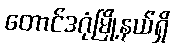
တောင်ဒဂုံမြို့နယ်ရှိ